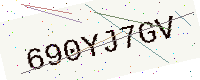
Text: 690YJ7GV